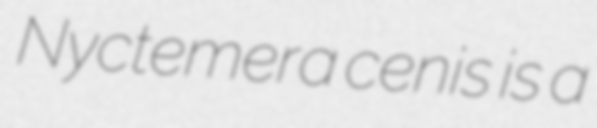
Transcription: Nyctemera cenis is a